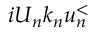
i U _ { n } k _ { n } u _ { n } ^ { < }